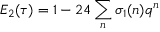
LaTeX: E _ { 2 } ( \tau ) = 1 - 2 4 \sum _ { n } \sigma _ { 1 } ( n ) q ^ { n }